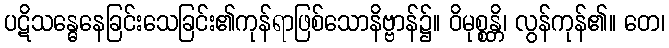
ပဋိသန္ဓေနေခြင်းသေခြင်း၏ကုန်ရာဖြစ်သောနိဗ္ဗာန်၌။ ဝိမုစ္စန္တိ၊ လွန်ကုန်၏။ တေ၊